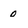
Character: 0